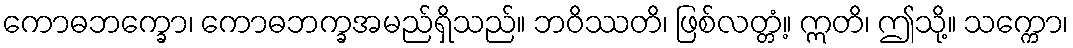
ကောဓဘက္ခော၊ ကောဓဘက္ခအမည်ရှိသည်။ ဘဝိဿတိ၊ ဖြစ်လတ္တံ့။ ဣတိ၊ ဤသို့။ သက္ကော၊